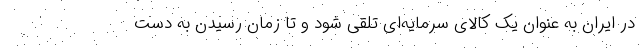
در ایران به عنوان یک کالای سرمایه‌ای تلقی شود و تا زمان رسیدن به دست